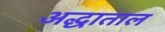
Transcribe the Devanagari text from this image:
अद्धाताल